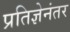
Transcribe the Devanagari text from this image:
प्रतिज्ञेनंतर